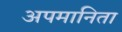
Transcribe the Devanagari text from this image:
अपमानिता